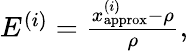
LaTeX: \begin{array}{r}{E^{(i)}=\frac{x_{\mathrm{approx}}^{(i)}-\rho}{\rho},}\end{array}